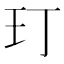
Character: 玎